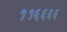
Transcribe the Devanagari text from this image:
११६६६६